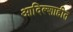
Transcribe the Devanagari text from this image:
आदिल्शाहीत